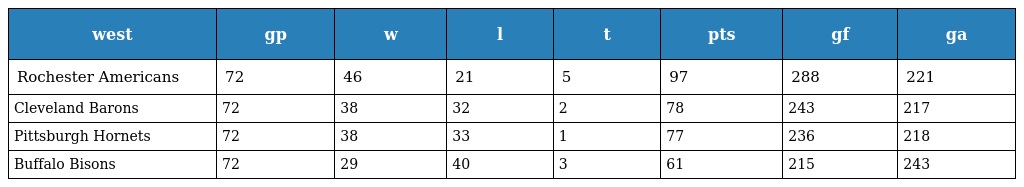
| west | gp | w | l | t | pts | gf | ga |
 | --- | --- | --- | --- | --- | --- | --- | --- |
 | Rochester Americans | 72 | 46 | 21 | 5 | 97 | 288 | 221 |
 | Cleveland Barons | 72 | 38 | 32 | 2 | 78 | 243 | 217 |
 | Pittsburgh Hornets | 72 | 38 | 33 | 1 | 77 | 236 | 218 |
 | Buffalo Bisons | 72 | 29 | 40 | 3 | 61 | 215 | 243 |